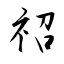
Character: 祒